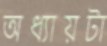
অধ্যায়টা